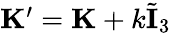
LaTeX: \begin{array}{r}{\mathbf{K}^{\prime}=\mathbf{K}+k\tilde{\mathbf{I}}_{3}}\end{array}